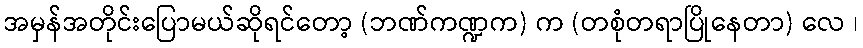
အမှန်အတိုင်းပြောမယ်ဆိုရင်တော့ (ဘဏ်ကဏ္ဍက) က (တစုံတရာပြိုနေတာ) လေ ၊